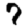
Digit: 7